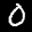
Label: 0